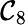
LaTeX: \mathcal{C}_{8}